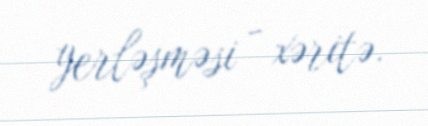
yerləşməsi - xəritə.